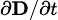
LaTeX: \scriptstyle\partial\mathbf{D}/\partial t